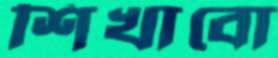
শিখাবো